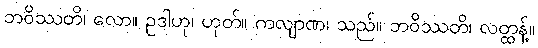
ဘဝိဿတိ၊ လော။ ဥဒါဟု၊ ဟုတ်။ ကလျာဏ၊ သည်။ ဘဝိဿတိ၊ လတ္ထန့်။